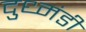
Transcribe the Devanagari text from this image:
दुध्मंडी